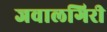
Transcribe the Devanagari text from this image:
जवालगिरी